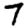
Digit: 7